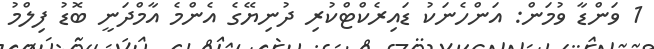
1 ވަންޑާ ވުމަން: އަންހެނަކު ޑައިރެކްޓްކުރި ދުނިޔޭގެ އެންމެ އާމްދަނީ ބޮޑު ފިލްމު